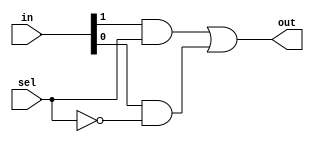
module Mux21 ( out , in , sel ) ;
  input [ 1 : 0 ] in ;
  input sel ;
  output out;

	wire out0, out1, sel0;
	and and0(out0, in[1], sel);
	not not0(sel0, sel);
	and and1(out1, in[0], sel0);
	or or0(out, out0, out1);
endmodule